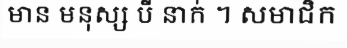
មាន មនុស្ស បី នាក់ ។ សមាជិក